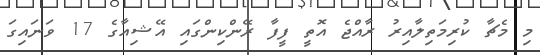
މި މެޗާ ކުރިމަތިލާއިރު ރާއްޖެ އޮތީ ފީފާ ރޭންކިންގައި އޭޝިއާގެ 17 ވަނައިގަ